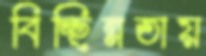
বিচ্ছিন্নতায়